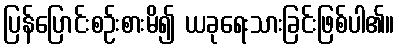
ပြန်ပြောင်းစဉ်းစားမိ၍ ယခုရေးသားခြင်းဖြစ်ပါ၏။